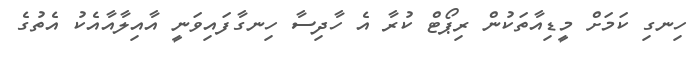
ހިނގި ކަމަށް މީޑިއާތަކުން ރިޕޯޓް ކުރާ އެ ހާދިސާ ހިނގާފައިވަނީ އާއިލާއާއެކު އެތުގެ